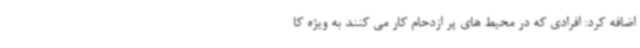
اضافه کرد: افرادی که در محیط های پر ازدحام کار می کنند به ویژه کا